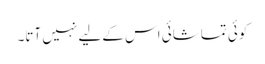
کوئی تماشائی اس کےلیے نہیں آتا۔